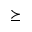
\succeq